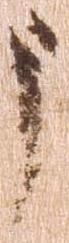
う